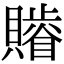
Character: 𧸥